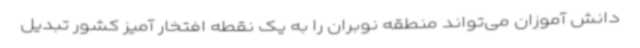
دانش آموزان می‌تواند منطقه نوبران را به یک نقطه افتخار آمیز کشور تبدیل